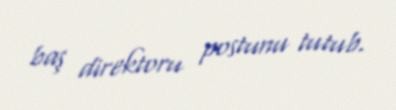
baş direktoru postunu tutub.